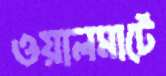
ওয়ালমার্টে